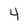
Character: 4